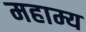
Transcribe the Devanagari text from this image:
महाम्य